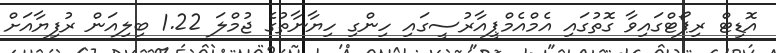
އޮޑިޓް ރިޕޯޓްގައިވާ ގޮތުގައި އެމްއެމްޕީއާރުސީގައި ހިންގި ހިޔާނާތުގެ ޖުމްލަ 1.22 ބިލިއަން ރުފިޔާއަށް